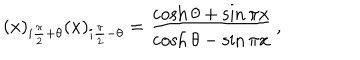
LaTeX: ( x ) _ { i \frac { \pi } { 2 } + \theta } ( x ) _ { i \frac { \pi } { 2 } - \theta } = \frac { \cosh \theta + \sin \pi x } { \cosh \theta - \sin \pi x } \, ,